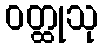
ဝတ္ထုသု